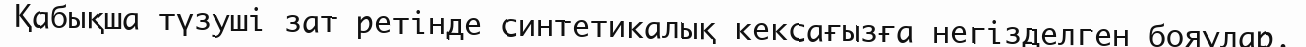
Қабықша түзуші зат ретінде синтетикалық кексағызға негізделген бояулар.